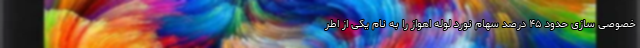
خصوصی سازی حدود ۴۵ درصد سهام نورد لوله اهواز را به نام یکی از اطر